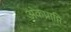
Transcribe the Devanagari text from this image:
अंकप्राप्ति